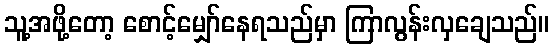
သူ့အဖို့တော့ စောင့်မျှော်နေရသည်မှာ ကြာလွန်းလှချေသည်။